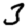
Digit: 3